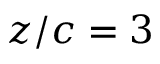
z / c = 3